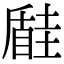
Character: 𡐠